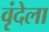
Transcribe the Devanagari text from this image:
वृंदेला